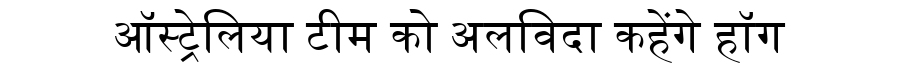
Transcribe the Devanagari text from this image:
ऑस्ट्रेलिया टीम को अलविदा कहेंगे हॉग